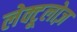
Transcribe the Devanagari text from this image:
लेक्टूलोज़